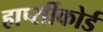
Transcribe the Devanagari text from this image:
हार्प्सीकोर्ड